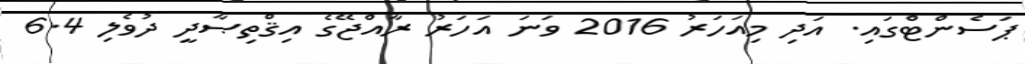
ޕަސެންޓްގައި. އަދި މިއަހަރު 2016 ވަނަ އަހަރު ރާއްޖޭގެ އިޤްތިޞާދީ ދުވެލި 6.4